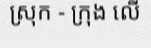
ស្រុក - ក្រុង លើ